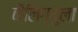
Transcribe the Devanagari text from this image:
कैलिग्युला